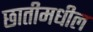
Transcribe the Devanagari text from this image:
छातीमधील